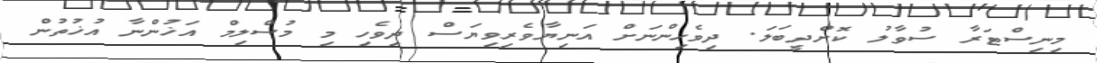
މިނިސްޓަރާ ސުވާލު ކޮށްދީބަލަ. ދިވެހިންނަށް އަނިޔާވެރިވިޔަސް ދިވެހި މި މުސްލިމް އަޚުންނާ އުޚުތުން